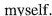
myself.